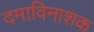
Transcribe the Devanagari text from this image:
दमाविनाशक